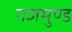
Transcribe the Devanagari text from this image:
गजमुण्ड